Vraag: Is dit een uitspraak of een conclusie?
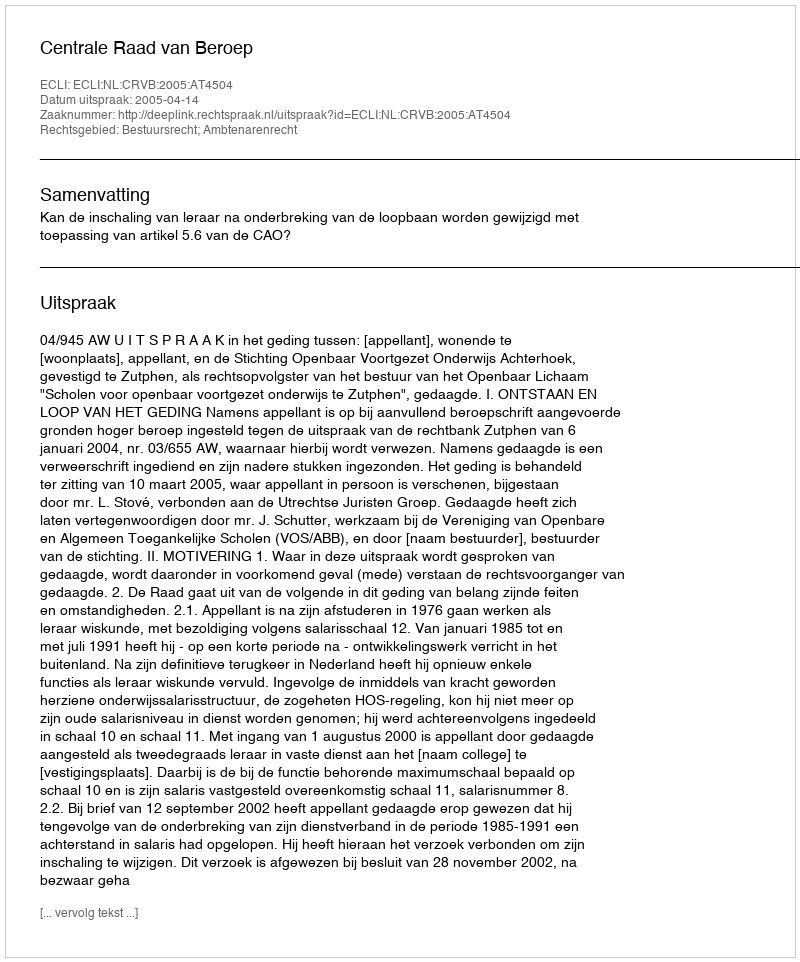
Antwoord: Uitspraak